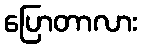
ပြောတာလား